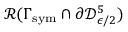
\mathcal { R } ( \Gamma _ { \mathrm { s y m } } \cap \partial \mathcal { D } _ { \epsilon / 2 } ^ { 5 } )